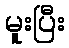
မူးပြီး